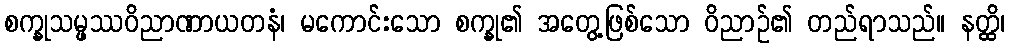
စက္ခုသမ္ဖဿဝိညာဏာယတနံ၊ မကောင်းသော စက္ခု၏ အတွေ့ဖြစ်သော ဝိညာဉ်၏ တည်ရာသည်။ နတ္ထိ၊